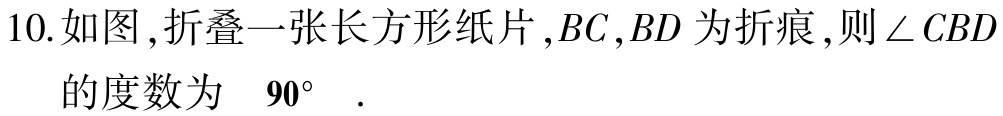
10.如图，折叠一张长方形纸片，$BC,BD$为折痕，则$\angle CBD$的度数为 $90^{\circ}$ .